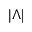
| \Lambda |